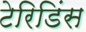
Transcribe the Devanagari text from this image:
टेरिडिंस